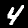
Label: 4